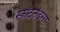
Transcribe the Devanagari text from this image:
स्कॉटलंडसह